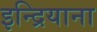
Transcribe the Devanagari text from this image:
इन्द्रियाना